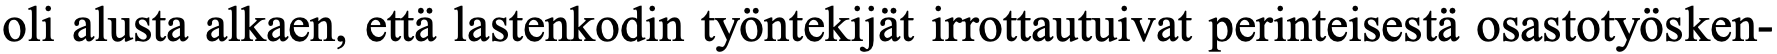
oli alusta alkaen, että lastenkodin työntekijät irrottautuivat perinteisestä osastotyösken-